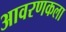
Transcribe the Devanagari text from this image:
आवरणकला